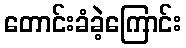
တောင်းခံခဲ့ကြောင်း